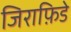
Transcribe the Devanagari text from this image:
जिराफ़िडे